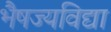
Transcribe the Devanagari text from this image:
भैषज्यविद्या